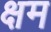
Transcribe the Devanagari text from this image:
क्षम